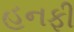
હનફી